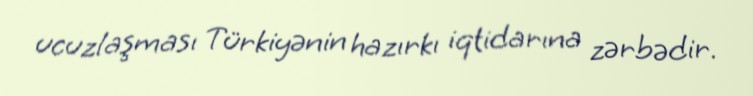
ucuzlaşması Türkiyənin hazırkı iqtidarına zərbədir.